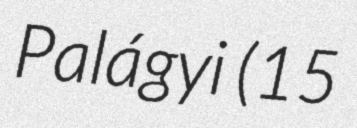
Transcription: Palágyi (15